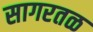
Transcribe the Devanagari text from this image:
सागरतळ